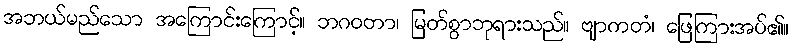
အဘယ်မည်သော အကြောင်းကြောင့်။ ဘဂဝတာ၊ မြတ်စွာဘုရားသည်။ ဗျာကတံ၊ ဖြေကြားအပ်၏။